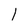
Character: l